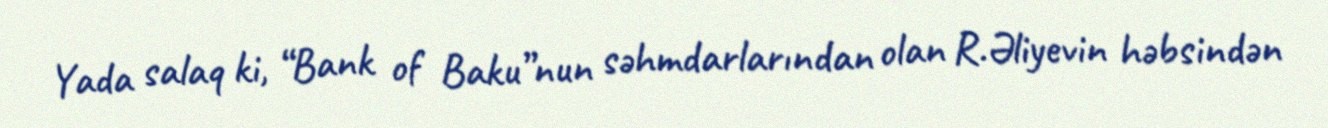
Yada salaq ki, “Bank of Baku”nun səhmdarlarından olan R.Əliyevin həbsindən